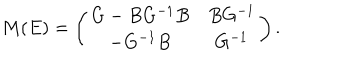
M ( E ) = \left( \begin{array} { c c } { { G - B G ^ { - 1 } B } } & { { B G ^ { - 1 } } } \\ { { - G ^ { - 1 } B } } & { { G ^ { - 1 } } } \\ \end{array} \right) .